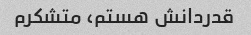
قدردانش هستم، متشکرم